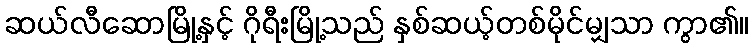
ဆယ်လီဆောမြို့နှင့် ဂိုရီးမြို့သည် နှစ်ဆယ့်တစ်မိုင်မျှသာ ကွာ၏။